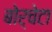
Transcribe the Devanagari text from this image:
बोर्चेटा